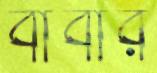
বাবার